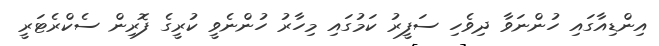
އިންޑިއާގައި ހުންނަވާ ދިވެހި ސަފީރު ކަމުގައި މިހާރު ހުންނެވީ ކުރީގެ ފޮރިން ސެކްރެޓަރީ